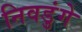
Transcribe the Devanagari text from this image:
निवडुंगे